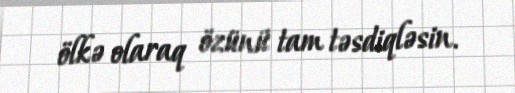
ölkə olaraq özünü tam təsdiqləsin.